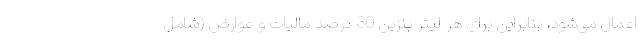
اعمال می‌شود، بنابراین برای هر لیتر بنزین 30 درصد مالیات و عوارض (شامل